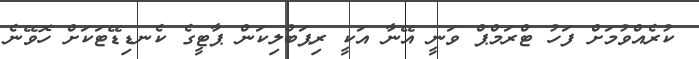
ކުރެއްވުމަށް ފަހު ޓްރަމްޕް ވަނީ އޭނާ އަކީ ރިޕަބްލިކަން ޕާޓީގެ ކެނޑިޑޭޓަކަށް ހޮވޭނެ